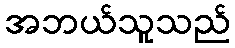
အဘယ်သူသည်